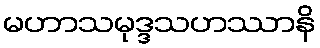
မဟာသမုဒ္ဒသဟဿာနိ